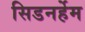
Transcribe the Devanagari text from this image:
सिडनर्हेम